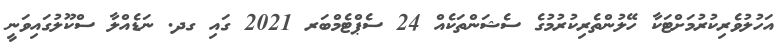
އަހުލުވެރިކުރުމަށްޓަކާ ހޭލުންތެރިކުރުމުގެ ސެޝަންތަކެއް 24 ސެޕްޓެމްބަރ 2021 ގައި ގދ. ނަޑެއްލާ ސްކޫލުގައިވަނީ